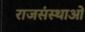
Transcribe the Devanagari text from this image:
राजसंस्थाओं